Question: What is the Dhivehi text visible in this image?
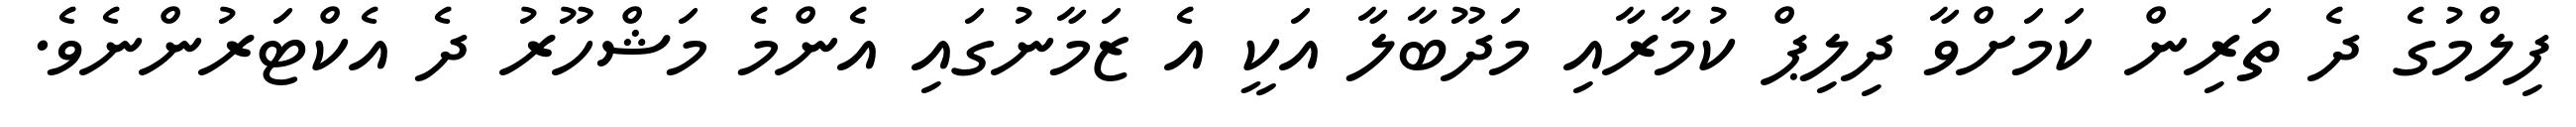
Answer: ފިލްމުގެ ދެ ތަރިން ކަމަށްވާ ދިލިޕް ކުމާރާއި މަދޫބާލާ އަކީ އެ ޒަމާނުގައި އެންމެ މަޝްހޫރު ދެ އެކްޓަރުންނެވެ.